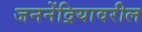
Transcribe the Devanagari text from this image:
जननेंद्रियावरील